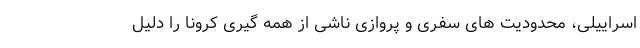
اسراییلی، محدودیت های سفری و پروازی ناشی از همه گیری کرونا را دلیل